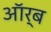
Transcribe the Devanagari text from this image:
ऑर्ब